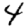
Digit: 4